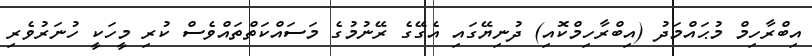
އިބްރާހިމް މުޙައްމަދު (އިބްރާހިމްކޮއި) ދުނިޔޭގައި އެގޭގެ ރޭނުމުގެ މަސައްކަތްތައްވެސް ކުރި މީހަކީ ހުނަރުވެރި